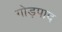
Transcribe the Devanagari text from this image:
गोड़पाद